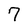
Character: 7